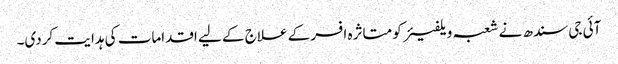
آئی جی سندھ نے شعبہ ویلفیئر کو متاثرہ افسر کے علاج کے لیے اقدامات کی ہدایت کردی۔